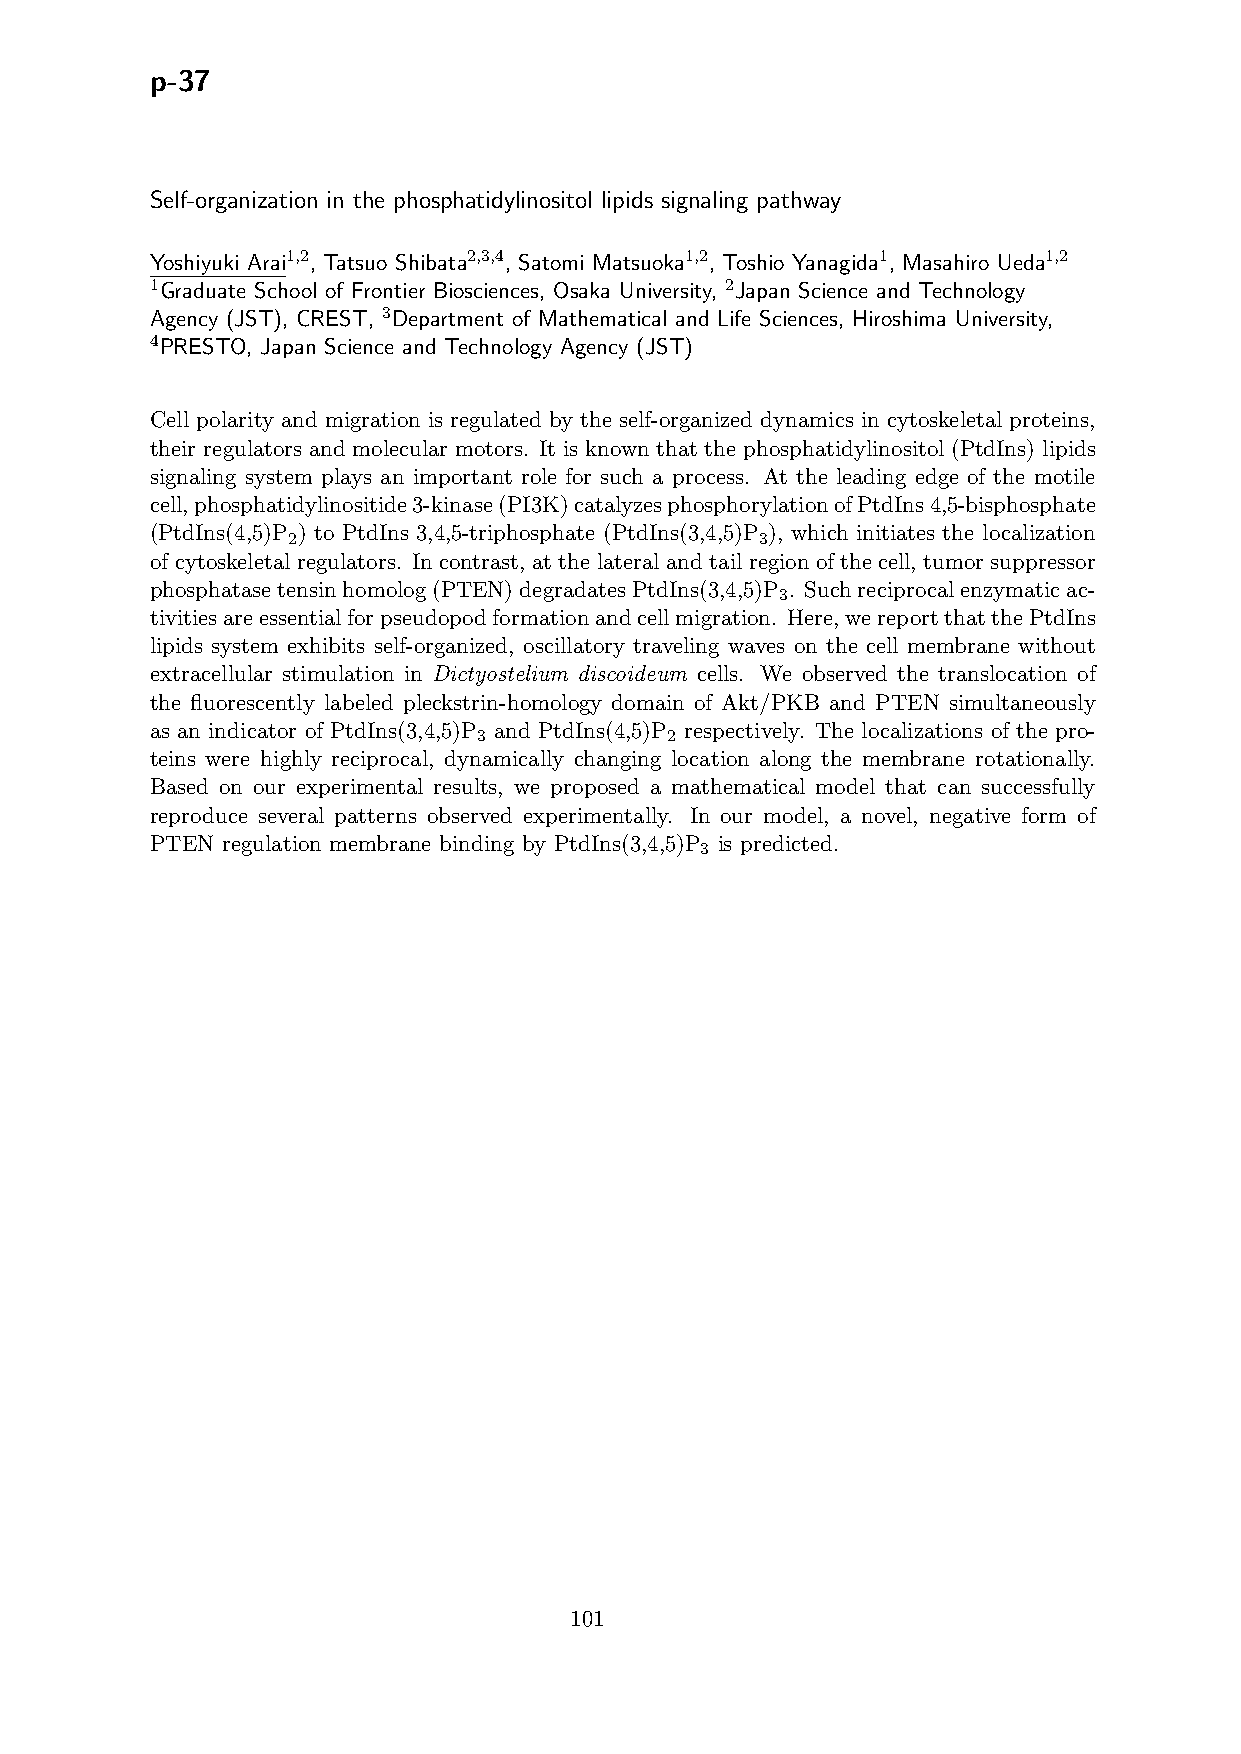
p-37
 Self-organization in the phosphatidylinositol lipids signaling pathway
 Yoshiyuki Arai1,2, Tatsuo Shibata2,3,4, Satomi Matsuoka1,2, Toshio Yanagida1, Masahiro Ueda1,2
 1Graduate School of Frontier Biosciences, Osaka University, 2Japan Science and Technology
 Agency (JST), CREST, 3Department of Mathematical and Life Sciences, Hiroshima University,
 4PRESTO, Japan Science and Technology Agency (JST)
 Cell polarity and migration is regulated by the self-organized dynamics in cytoskeletal proteins,
 their regulators and molecular motors. It is known that the phosphatidylinositol (PtdIns) lipids
 signaling system plays an important role for such a process. At the leading edge of the motile
 cell,phosphatidylinositide3-kinase(PI3K)catalyzesphosphorylationofPtdIns4,5-bisphosphate
 (PtdIns(4,5)P ) to PtdIns 3,4,5-triphosphate (PtdIns(3,4,5)P ), which initiates the localization
 2                              3
 of cytoskeletal regulators. In contrast, at the lateral and tail region of the cell, tumor suppressor
 phosphatasetensinhomolog(PTEN)degradatesPtdIns(3,4,5)P . Suchreciprocalenzymaticac-
 3
 tivitiesareessentialforpseudopodformationandcellmigration. Here,wereportthatthePtdIns
 lipids system exhibits self-organized, oscillatory traveling waves on the cell membrane without
 extracellular stimulation in Dictyostelium discoideum cells. We observed the translocation of
 the fluorescently labeled pleckstrin-homology domain of Akt/PKB and PTEN simultaneously
 as an indicator of PtdIns(3,4,5)P and PtdIns(4,5)P respectively. The localizations of the pro-
 3           2
 teins were highly reciprocal, dynamically changing location along the membrane rotationally.
 Based on our experimental results, we proposed a mathematical model that can successfully
 reproduce several patterns observed experimentally. In our model, a novel, negative form of
 PTEN regulation membrane binding by PtdIns(3,4,5)P is predicted.
 3
 101